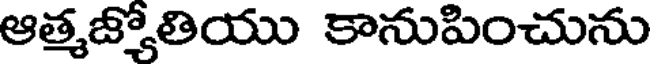
ఆత్మజ్యోతియు కానుపించును